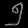
Digit: ၅